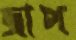
জাপ